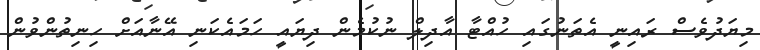
މިޔަދުވެސް ރައިނީ އެތަނުގައި ހުއްޓާ އާދިލް ނުކުމެން ދިޔައީ ހަމައެކަނި އޭނާއަށް ހިނިތުންވުން